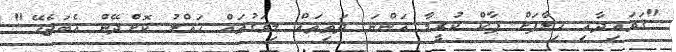
"ޤަވައިދާއި ހިލާފަށް ޕާކް ކުރީމާ އަންނަ ދަތިތައް މިވަގުތައް ހައްލު ކޮށްދޭން އެބަޖެހޭ."